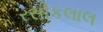
રસીકલાલ